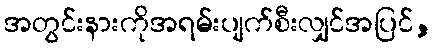
အတွင်းနားကိုအရမ်းပျက်စီးလျှင်အပြင်,